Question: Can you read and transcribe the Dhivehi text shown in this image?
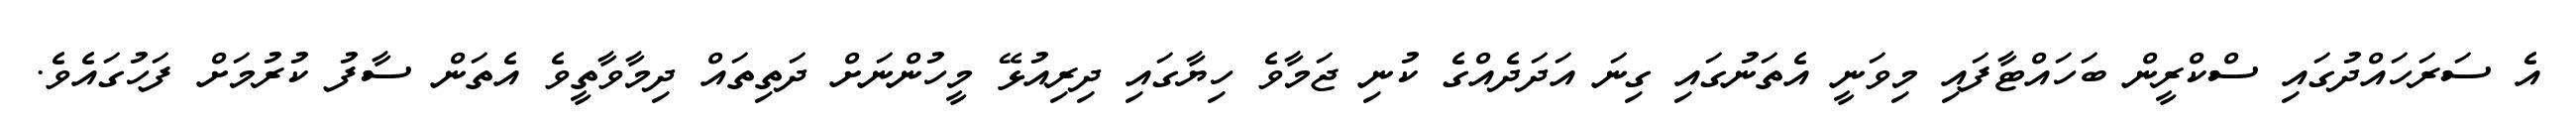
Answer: އެ ސަރަހައްދުގައި ސްކްރީން ބަހައްޓާފައި މިވަނީ އެތަނުގައި ގިނަ އަދަދެއްގެ ކުނި ޖަމާވެ ހިޔާގައި ދިރިއުޅޭ މީހުންނަށް ދަތިތައް ދިމާވާތީވެ އެތަން ސާފު ކުރުމަށް ފަހުގައެވެ.